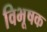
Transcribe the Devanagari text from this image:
विभूषक